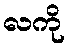
လကို